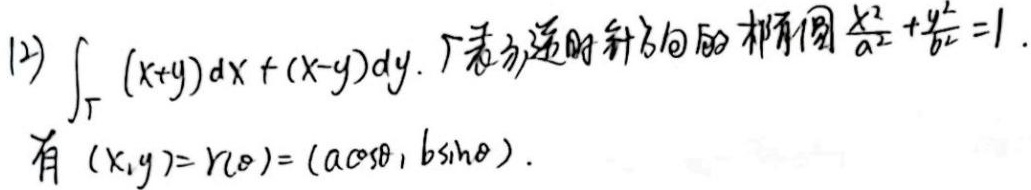
(2) $\int_{\Gamma}(x + y)dx+(x - y)dy$. $\Gamma$表示逆时针方向的椭圆$\frac{x^{2}}{a^{2}}+\frac{y^{2}}{b^{2}} = 1$.
有$(x,y)=r(\theta)=(a\cos\theta,b\sin\theta)$.